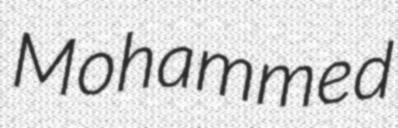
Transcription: Mohammed